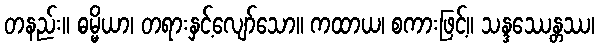
တနည်း။ ဓမ္မိယာ၊ တရားနှင့်လျော်သော။ ကထာယ၊ စကားဖြင့်။ သန္ဒဿေန္တဿ၊